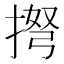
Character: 𢮫